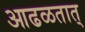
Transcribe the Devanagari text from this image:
आढळतात्